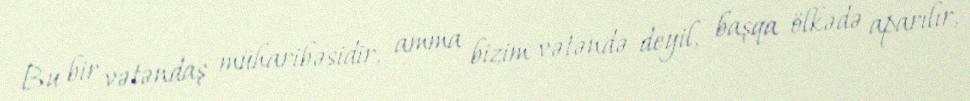
Bu bir vətəndaş müharibəsidir, amma bizim vətəndə deyil, başqa ölkədə aparılır,